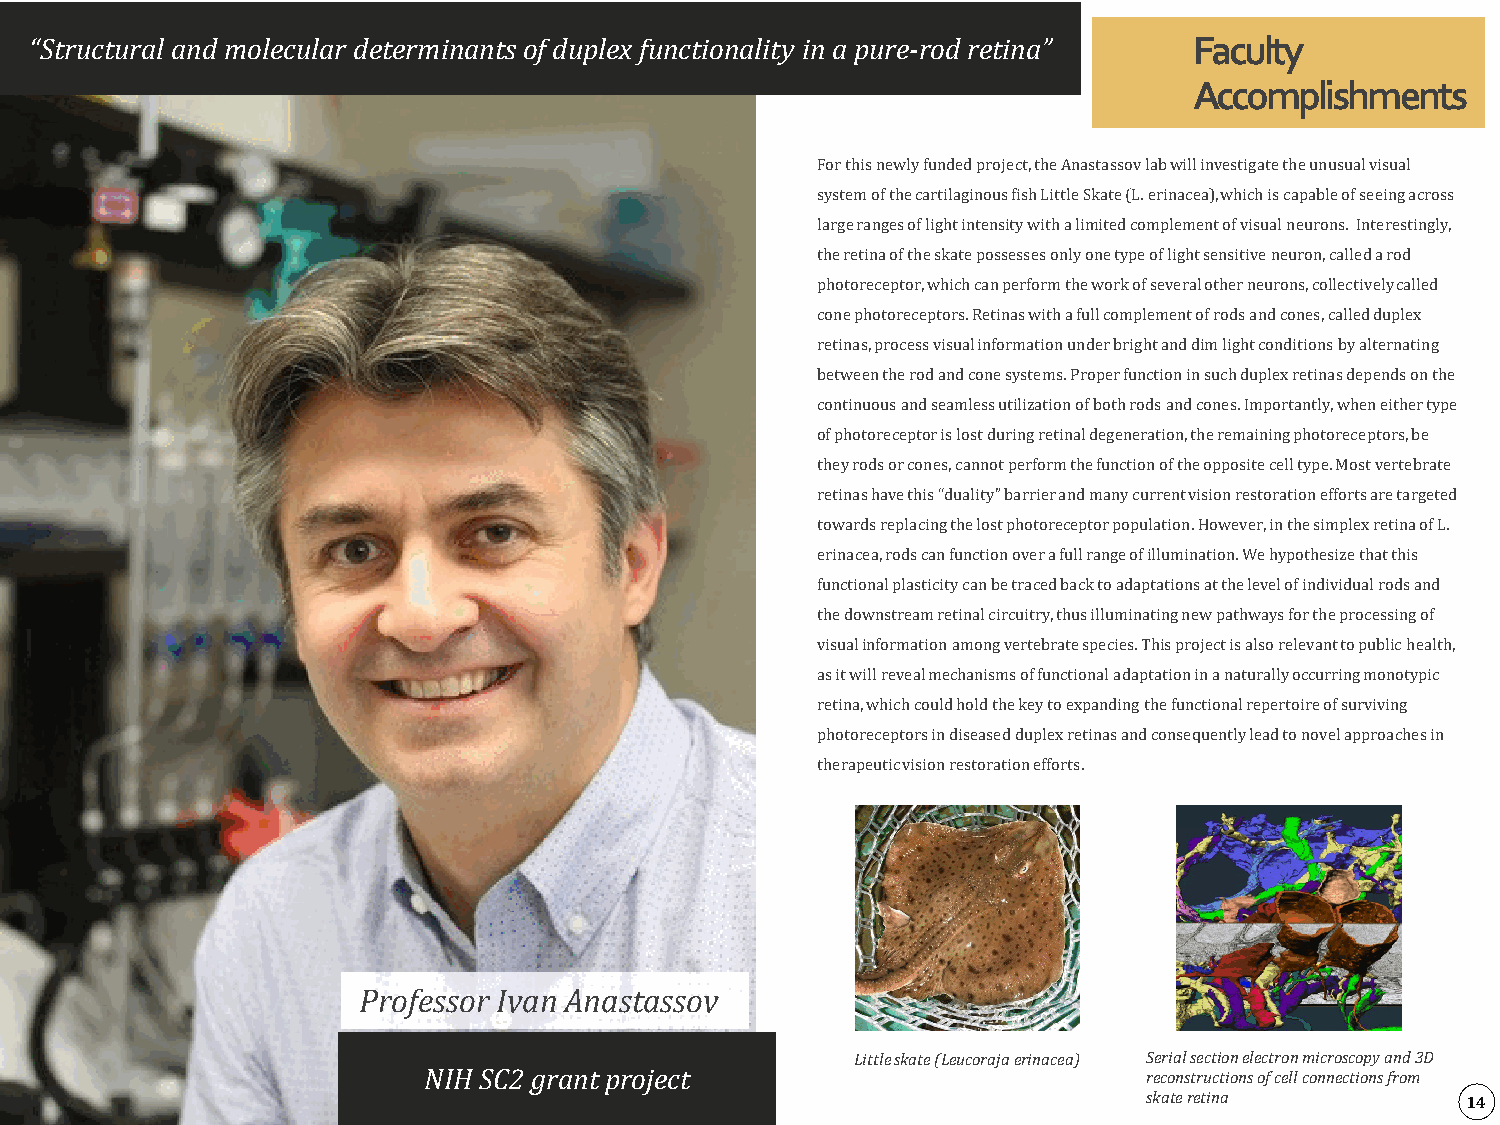
“Structural and molecular determinants of duplex functionality in a pure-rod retina” Faculty
 Accomplishments
 For this newly funded project, the Anastassov lab will investigate the unusual visual
 system of the cartilaginous fish Little Skate (L. erinacea), which is capable of seeing across
 large ranges of light intensity with a limited complement of visual neurons. Interestingly,
 the retina of the skate possesses only one type of light sensitive neuron, called a rod
 photoreceptor, which can perform the work of several other neurons, collectively called
 cone photoreceptors. Retinas with a full complement of rods and cones, called duplex
 retinas, process visual information under bright and dim light conditions by alternating
 between the rod and cone systems. Proper function in such duplex retinas depends on the
 continuous and seamless utilization of both rods and cones. Importantly, when either type
 of photoreceptor is lost during retinal degeneration, the remaining photoreceptors, be
 they rods or cones, cannot perform the function of the opposite cell type. Most vertebrate
 retinas have this “duality” barrier and many current vision restoration efforts are targeted
 towards replacing the lost photoreceptor population. However, in the simplex retina of L.
 erinacea, rods can function over a full range of illumination. We hypothesize that this
 functional plasticity can be traced back to adaptations at the level of individual rods and
 the downstream retinal circuitry, thus illuminating new pathways for the processing of
 visual information among vertebrate species. This project is also relevant to public health,
 as it will reveal mechanisms of functional adaptation in a naturally occurring monotypic
 retina, which could hold the key to expanding the functional repertoire of surviving
 photoreceptors in diseased duplex retinas and consequently lead to novel approaches in
 therapeutic vision restoration efforts.
 Professor Ivan Anastassov
 Little skate (Leucorajaerinacea) Serial section electron microscopy and 3D
 NIH SC2 grant project                           reconstructions of cell connections from
 skate retina         14